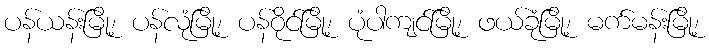
ပန်ယန်းမြို့၊ ပန်လုံမြို့၊ ပန်ဝိုင်မြို့၊ ပုံပါကျင်မြို့၊ ဖယ်ခုံမြို့၊ မက်မန်းမြို့၊